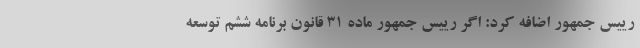
رییس جمهور اضافه کرد: اگر رییس جمهور ماده ۳۱ قانون برنامه ششم توسعه